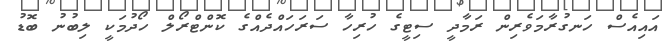
އައިއެސް ހަނގުރާމަވެރިން ރަމާދީ ސިޓީގެ ހުރިހާ ސަރަހައްދެއްގެ ކޮންޓްރޯލް ހޯދުމަކީ ލިބުނު ބޮޑު